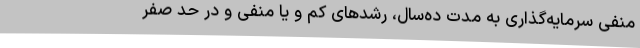
منفی سرمایه‌گذاری به مدت ده‌سال، رشد‌های کم و یا منفی و در حد صفر